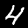
Digit: 4